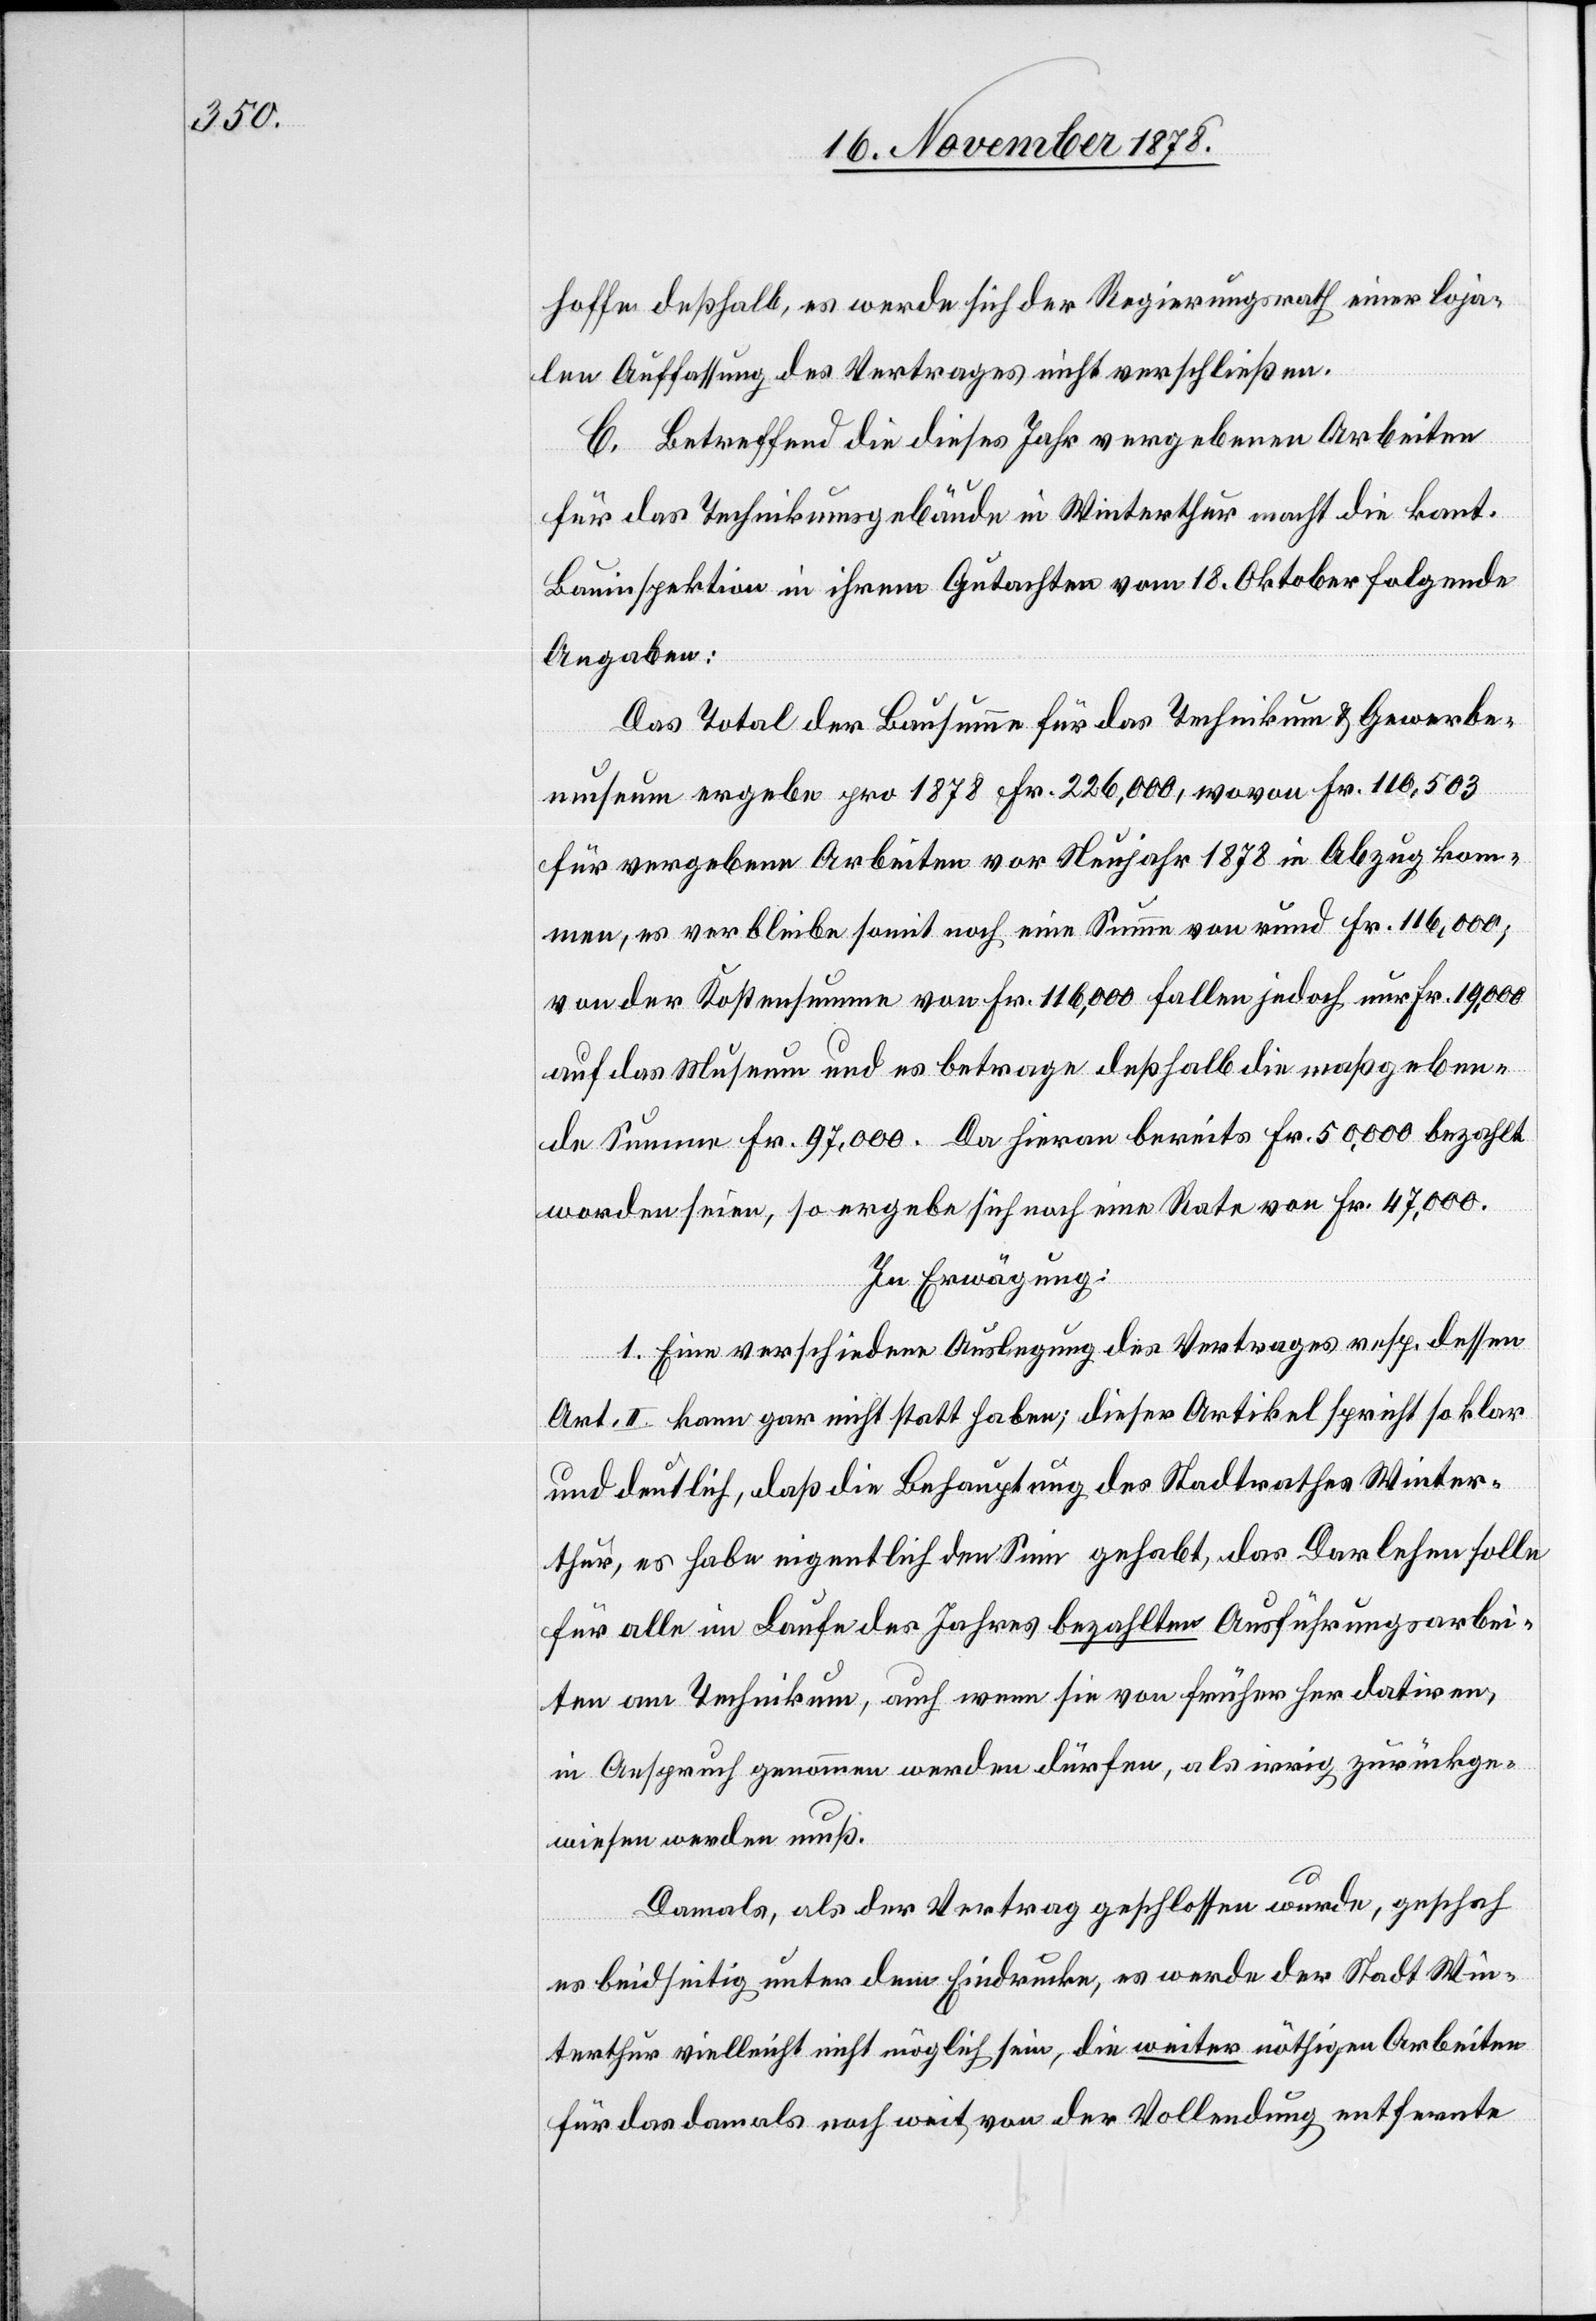
hoffe deßhalb, es werde sich der Regierungsrath einer loja¬
len Auffassung des Vertrages nicht verschließen.
C. Betreffend die dieses Jahr vergebenen Arbeiten
für das Technikumsgebäude in Winterthur macht die kant.
Bauinspektion in ihrem Gutachten vom 18. Oktober folgende
Angaben:
Das Total der Bausumme für das Technikum & Gewerbe¬
museum ergebe pro 1878 Fr. 226,000, wovon Fr. 110,503
für vergebene Arbeiten vor Neujahr 1878 in Abzug kom¬
men, es verbleibe somit noch eine Summe von rund Fr. 116,000;
von der Kostensumme von Fr. 116,000 fallen jedoch nur Fr. 19,000
auf das Museum und es betrage deßhalb die maßgeben¬
de Summe Fr. 97,000. Da hieran bereits Fr. 50,000 bezahlt
worden seien, so ergebe sich noch eine Rate von Fr. 47,000.
In Erwägung:
1. Eine verschiedene Auslegung des Vertrages resp. dessen
Art. II. kann gar nicht statt haben; dieser Artikel spricht so klar
und deutlich, daß die Behauptung des Stadtrathes Winter¬
thur, es habe eigentlich den Sinn gehabt, das Darlehen solle
für alle im Laufe des Jahres bezahlten Ausführungsarbei¬
ten am Technikum, auch wenn sie von früher her datiren,
in Anspruch genommen werden dürfen, als irrig zurückge¬
wiesen werden muß.
Damals, als der Vertrag geschlossen wurde, geschah
es beidseitig unter dem Eindrucke, es werde der Stadt Win¬
terthur vielleicht nicht möglich sein, die weiter nöthigen Arbeiten
für das damals noch weit von der Vollendung entfernte